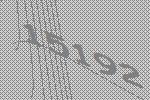
15192